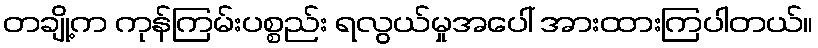
တချို့က ကုန်ကြမ်းပစ္စည်း ရလွယ်မှုအပေါ် အားထားကြပါတယ်။